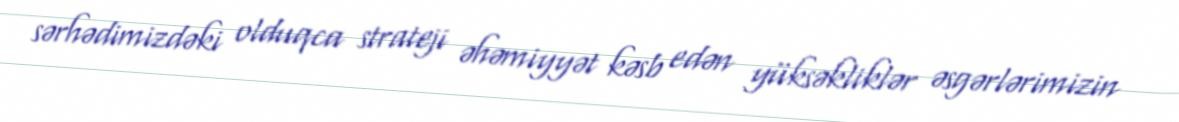
sərhədimizdəki olduqca strateji əhəmiyyət kəsb edən yüksəkliklər əsgərlərimizin